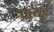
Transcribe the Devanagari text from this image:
प्रत्यहं